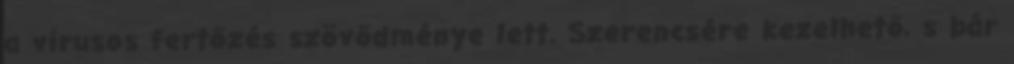
a vírusos fertőzés szövődménye lett. Szerencsére kezelhető, s bár